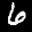
Label: 6